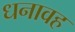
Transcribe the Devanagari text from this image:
धनावह